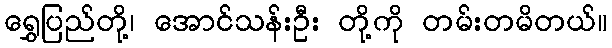
ရွှေပြည်တို့၊ အောင်သန်းဦး တို့ကို တမ်းတမိတယ်။